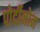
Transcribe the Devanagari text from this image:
पोर्दीनोन